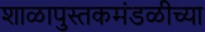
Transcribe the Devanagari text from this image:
शाळापुस्तकमंडळीच्या